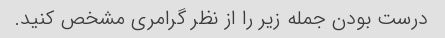
درست بودن جمله زیر را از نظر گرامری مشخص کنید.